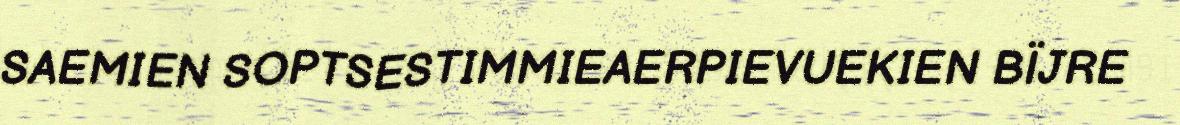
SAEMIEN SOPTSESTIMMIEAERPIEVUEKIEN BÏJRE